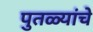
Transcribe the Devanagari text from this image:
पुतळ्यांचे